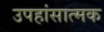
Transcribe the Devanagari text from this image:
उपहांसात्मक